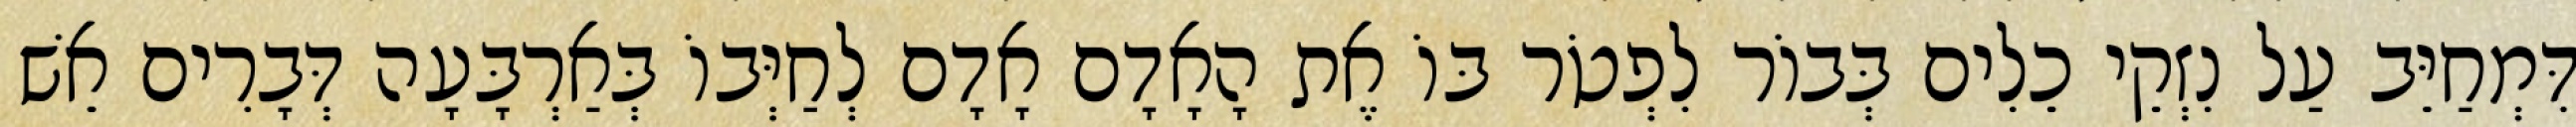
דִּמְחַיֵּב עַל נִזְקֵי כֵלִים בְּבוֹר לִפְטֹר בּוֹ אֶת הָאָדָם אָדָם לְחַיְּבוֹ בְּאַרְבָּעָה דְּבָרִים אֵשׁ